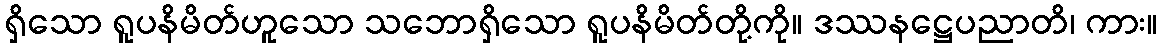
ရှိသော ရူပနိမိတ်ဟူသော သဘောရှိသော ရူပနိမိတ်တို့ကို။ ဒဿနဋ္ဌေပညာတိ၊ ကား။